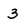
Character: 3